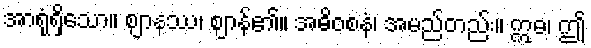
အာရုံရှိသော။ ဈာနဿ၊ ဈာန်၏။ အဓိဝစနံ၊ အမည်တည်း။ ဣဓ၊ ဤ